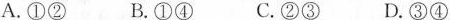
A.①② B.①④ C.②③ D.③④